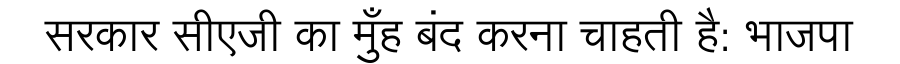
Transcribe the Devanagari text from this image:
सरकार सीएजी का मुँह बंद करना चाहती है: भाजपा